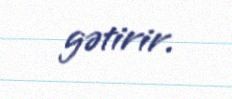
gətirir.